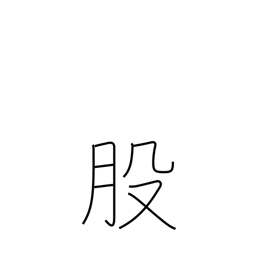
Meaning: thigh